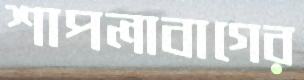
শাপলাবাগের